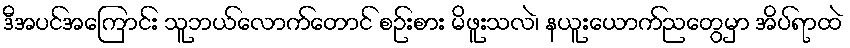
ဒီအပင်အကြောင်း သူဘယ်လောက်တောင် စဉ်းစား မိဖူးသလဲ၊ နယူးယောက်ညတွေမှာ အိပ်ရာထဲ